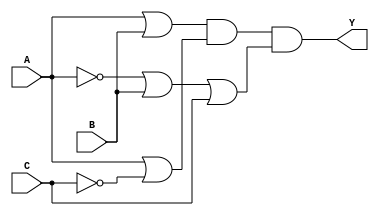
module pos_simplification (
    input wire A,      // Input variable A
    input wire B,      // Input variable B
    input wire C,      // Input variable C
    output wire Y      // Output Y representing the simplified POS expression
);

// Intermediate signals for the sum terms
wire sum1;          // A + B
wire sum2;          // A + ~C
wire sum3;          // ~A + B + C

// Define the sum terms using OR operations
assign sum1 = A | B;            // A + B
assign sum2 = A | ~C;           // A + ~C
assign sum3 = ~A | B | C;       // ~A + B + C

// Final output Y is the AND of the sum terms
assign Y = sum1 & sum2 & sum3;  // (A + B)(A + ~C)(~A + B + C)

endmodule